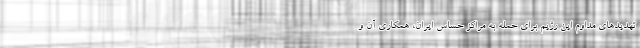
تهدیدهای مداوم این رژیم برای حمله به مراکز حساس ایران، همکاری آن و